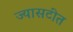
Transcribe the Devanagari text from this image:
ज्यासटीत